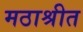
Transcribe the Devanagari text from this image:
मठाश्रीत